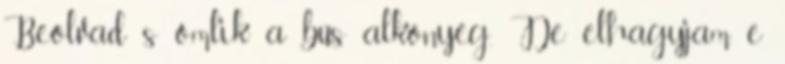
Beolvad s ömlik a bús alkonyég. De elhagyjam e